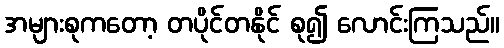
အများစုကတော့ တပိုင်တနိုင် စု၍ လောင်းကြသည်။